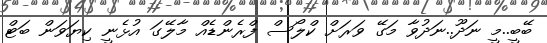
ބޭބީ..މީ ނަދޫ..ނަދުވާ މަގޭ ވަރަށް ކްލޯސް ފްރެންޑެއް މާލޭގަ އުޅެނީ ކިޔަވަން ބަޓް